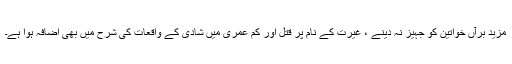
مزید برآں خواتین کو جہیز نہ دینے ، غیرت کے نام پر قتل اور کم عمری میں شادی کے واقعات کی شرح میں بھی اضافہ ہوا ہے۔